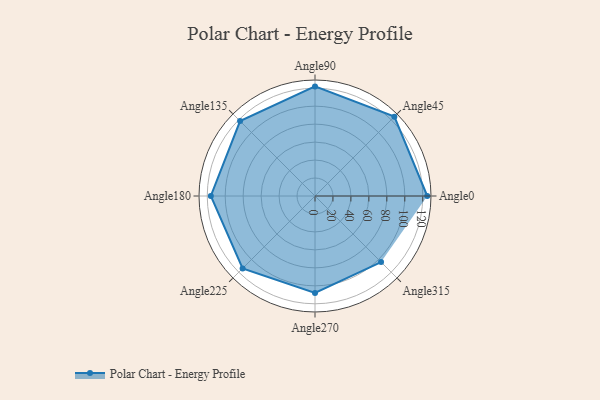
{"axis": {"x": "Angle", "y": "Radius"}, "legend": [""], "data": [{"x": "Angle0", "y": 125.0, "type": ""}, {"x": "Angle45", "y": 125.0, "type": ""}, {"x": "Angle90", "y": 122.0, "type": ""}, {"x": "Angle135", "y": 118.0, "type": ""}, {"x": "Angle180", "y": 116.0, "type": ""}, {"x": "Angle225", "y": 114.0, "type": ""}, {"x": "Angle270", "y": 108.0, "type": ""}, {"x": "Angle315", "y": 104.0, "type": ""}]}